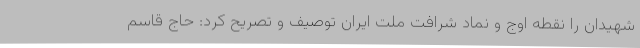
شهیدان را نقطه اوج و نماد شرافت ملت ایران توصیف و تصریح کرد: حاج قاسم